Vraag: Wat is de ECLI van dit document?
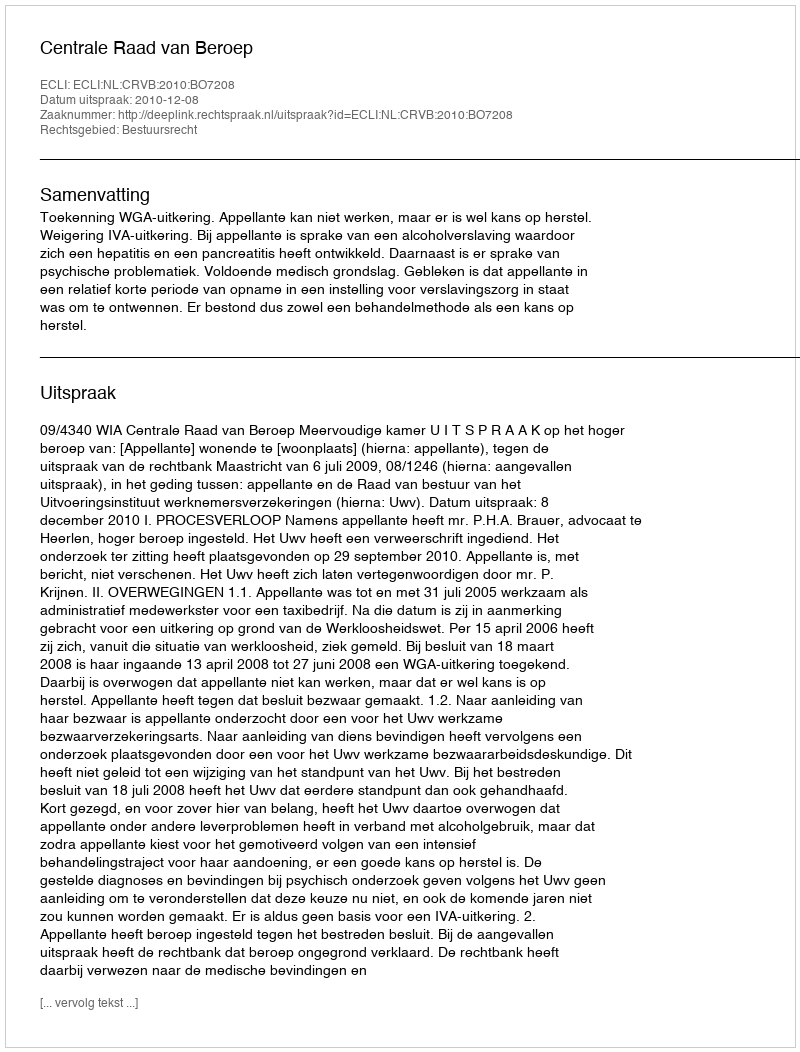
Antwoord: ECLI:NL:CRVB:2010:BO7208